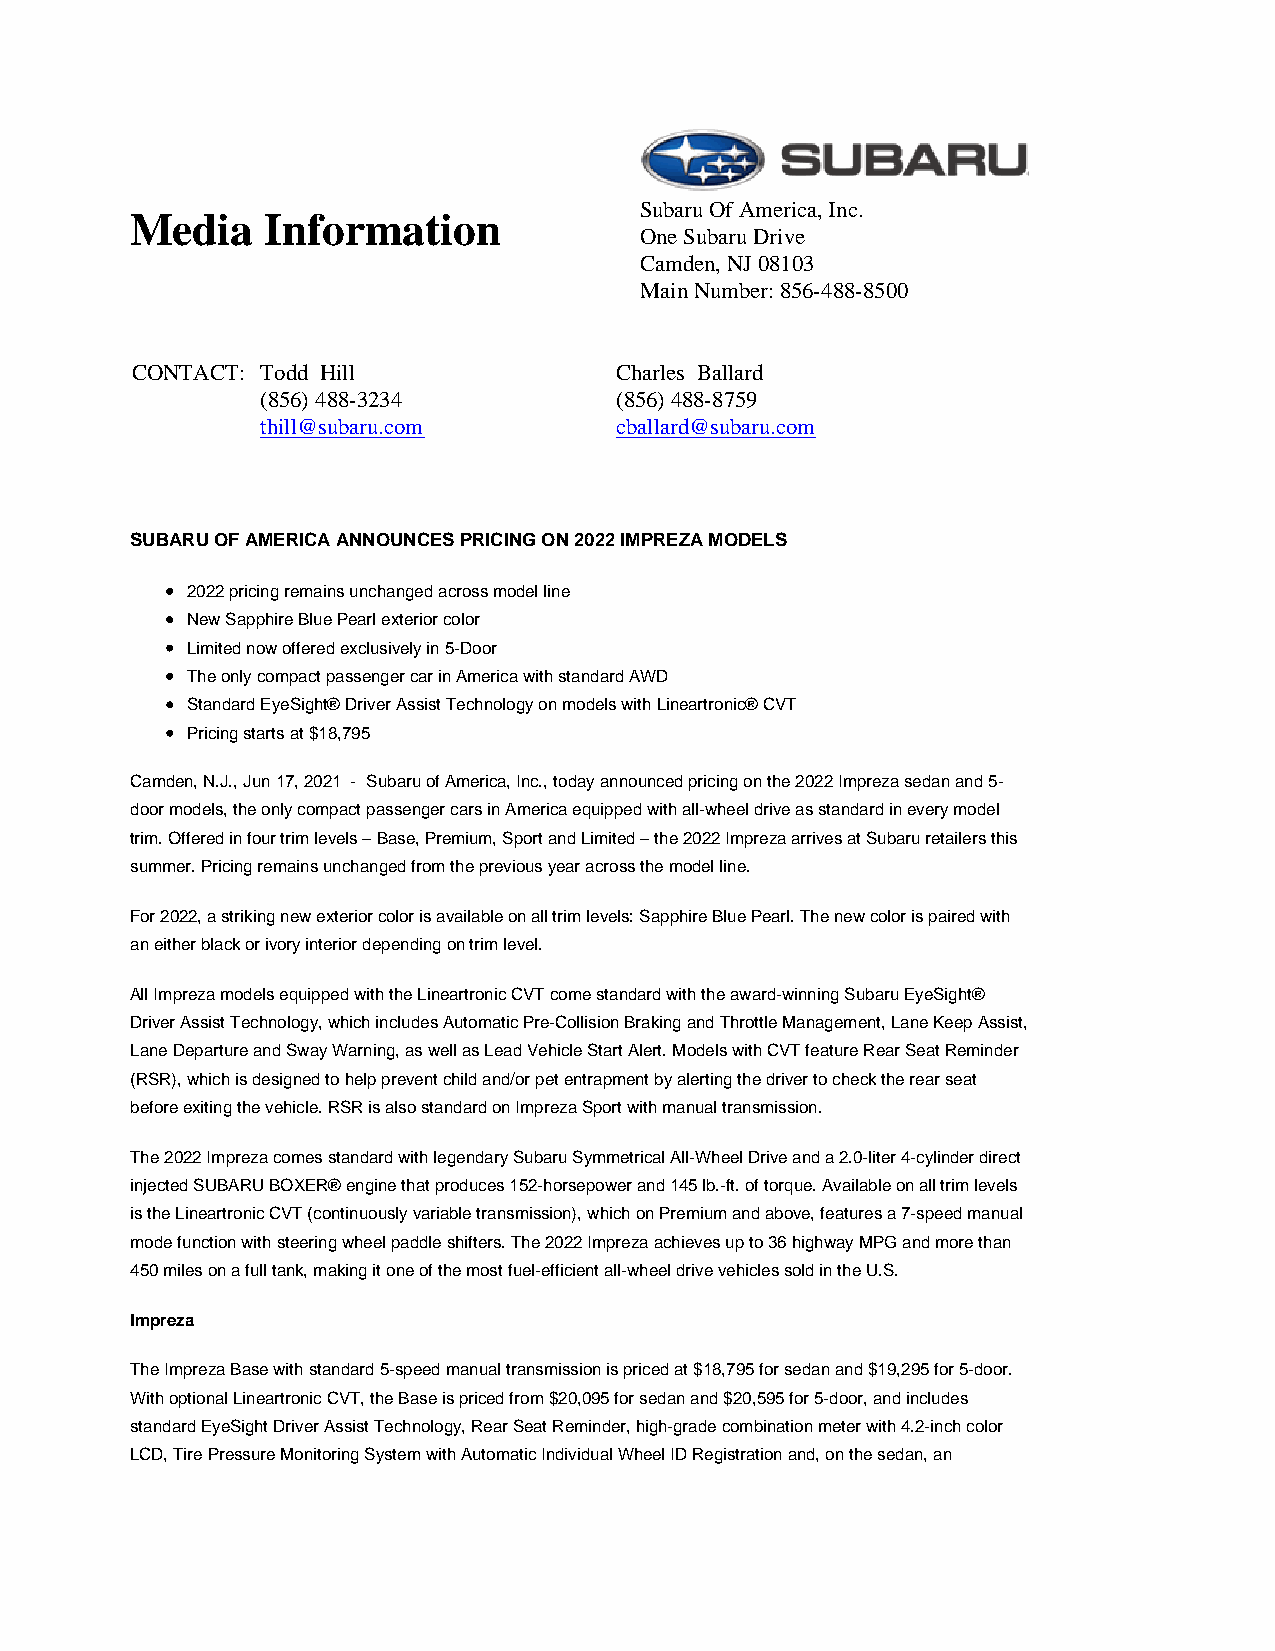
Subaru Of America, Inc.
 Media    Information
 One Subaru Drive
 Camden, NJ 08103
 Main Number: 856-488-8500
 CONTACT: Todd Hill              Charles Ballard
 (856) 488-3234          (856) 488-8759
 thill@subaru.com        cballard@subaru.com
 SUBARU OF AMERICA ANNOUNCES PRICING ON 2022 IMPREZA MODELS
 2022 pricing remains unchanged across model line
 New Sapphire Blue Pearl exterior color
 Limited now offered exclusively in 5-Door
 The only compact passenger car in America with standard AWD
 Standard EyeSight® Driver Assist Technology on models with Lineartronic® CVT
 Pricing starts at $18,795
 Camden, N.J., Jun 17, 2021 - Subaru of America, Inc., today announced pricing on the 2022 Impreza sedan and 5-
 door models, the only compact passenger cars in America equipped with all-wheel drive as standard in every model
 trim. Offered in four trim levels – Base, Premium, Sport and Limited – the 2022 Impreza arrives at Subaru retailers this
 summer. Pricing remains unchanged from the previous year across the model line.
 For 2022, a striking new exterior color is available on all trim levels: Sapphire Blue Pearl. The new color is paired with
 an either black or ivory interior depending on trim level.
 All Impreza models equipped with the Lineartronic CVT come standard with the award-winning Subaru EyeSight®
 Driver Assist Technology, which includes Automatic Pre-Collision Braking and Throttle Management, Lane Keep Assist,
 Lane Departure and Sway Warning, as well as Lead Vehicle Start Alert. Models with CVT feature Rear Seat Reminder
 (RSR), which is designed to help prevent child and/or pet entrapment by alerting the driver to check the rear seat
 before exiting the vehicle. RSR is also standard on Impreza Sport with manual transmission.
 The 2022 Impreza comes standard with legendary Subaru Symmetrical All-Wheel Drive and a 2.0-liter 4-cylinder direct
 injected SUBARU BOXER® engine that produces 152-horsepower and 145 lb.-ft. of torque. Available on all trim levels
 is the Lineartronic CVT (continuously variable transmission), which on Premium and above, features a 7-speed manual
 mode function with steering wheel paddle shifters. The 2022 Impreza achieves up to 36 highway MPG and more than
 450 miles on a full tank, making it one of the most fuel-efficient all-wheel drive vehicles sold in the U.S.
 Impreza
 The Impreza Base with standard 5-speed manual transmission is priced at $18,795 for sedan and $19,295 for 5-door.
 With optional Lineartronic CVT, the Base is priced from $20,095 for sedan and $20,595 for 5-door, and includes
 standard EyeSight Driver Assist Technology, Rear Seat Reminder, high-grade combination meter with 4.2-inch color
 LCD, Tire Pressure Monitoring System with Automatic Individual Wheel ID Registration and, on the sedan, an